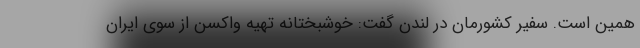
همین است. سفیر کشورمان در لندن گفت: خوشبختانه تهیه واکسن از سوی ایران